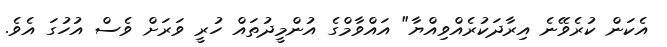
އެކަން ކުރެވޭނެ އިރާދަކުރެއްވިއްޔާ" އައްވާމްގެ އުންމީދުތައް ހުރީ ވަރަށް ވެސް އުހުގަ އެވެ.